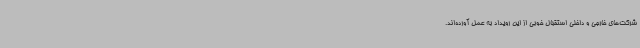
شرکت‌های خارجی و داخلی استقبال خوبی از این رویداد به عمل آورده‌اند.